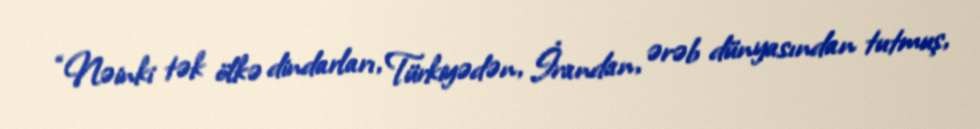
“Nəinki tək ölkə dindarları, Türkiyədən, İrandan, ərəb dünyasından tutmuş,